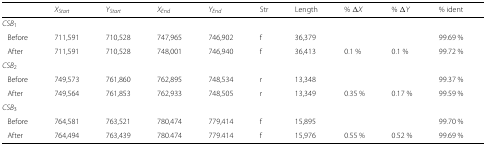
<table><thead><tr><td></td><td><b><i>X</i><sub><i>Start</i></sub></b></td><td><b><i>Y</i><sub><i>Start</i></sub></b></td><td><b><i>X</i><sub><i>End</i></sub></b></td><td><b><i>Y</i><sub><i>End</i></sub></b></td><td><b>Str</b></td><td><b>Length</b></td><td><b>% <i>Δ</i><i>X</i></b></td><td><b>% <i>Δ</i><i>Y</i></b></td><td><b>% ident</b></td><td></td></tr></thead><tbody><tr><td><i>C</i><i>S</i><i>B</i><sub>1</sub></td><td></td><td></td><td></td><td></td><td></td><td></td><td></td><td></td><td></td><td></td></tr><tr><td>Before</td><td>711,591</td><td>710,528</td><td>747,965</td><td>746,902</td><td>f</td><td>36,379</td><td></td><td></td><td>99.69 %</td><td></td></tr><tr><td>After</td><td>711,591</td><td>710,528</td><td>748,001</td><td>746,940</td><td>f</td><td>36,413</td><td>0.1 %</td><td>0.1 %</td><td>99.72 %</td><td></td></tr><tr><td><i>C</i><i>S</i><i>B</i><sub>2</sub></td><td></td><td></td><td></td><td></td><td></td><td></td><td></td><td></td><td></td><td></td></tr><tr><td>Before</td><td>749,573</td><td>761,860</td><td>762,895</td><td>748,534</td><td>r</td><td>13,348</td><td></td><td></td><td>99.37 %</td><td></td></tr><tr><td>After</td><td>749,564</td><td>761,853</td><td>762,933</td><td>748,505</td><td>r</td><td>13,349</td><td>0.35 %</td><td>0.17 %</td><td>99.59 %</td><td></td></tr><tr><td><i>C</i><i>S</i><i>B</i><sub>3</sub></td><td></td><td></td><td></td><td></td><td></td><td></td><td></td><td></td><td></td><td></td></tr><tr><td>Before</td><td>764,581</td><td>763,521</td><td>780,474</td><td>779,414</td><td>f</td><td>15,895</td><td></td><td></td><td>99.70 %</td><td></td></tr><tr><td>After</td><td>764,494</td><td>763,439</td><td>780.474</td><td>779.414</td><td>f</td><td>15,976</td><td>0.55 %</td><td>0.52 %</td><td>99.69 %</td><td></td></tr></tbody></table>